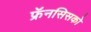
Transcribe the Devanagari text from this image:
फ्रॅनसिसको